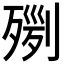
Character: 𣨸